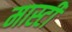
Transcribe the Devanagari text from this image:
मास्टी